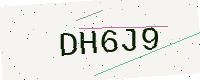
Text: DH6J9